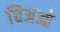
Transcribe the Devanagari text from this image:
चिअओ